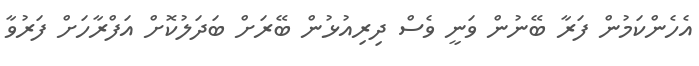
އެހެންކަމުން ފަރާ ބޭނުން ވަނީ ވެސް ދިރިއުޅުން ބޭރަށް ބަދަލުކޮށް އަފްރާހަށް ފަރުވާ